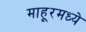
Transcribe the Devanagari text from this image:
माहूरमध्ये